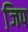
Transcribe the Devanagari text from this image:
जि़प